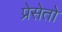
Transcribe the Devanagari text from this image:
प्रेसेतो